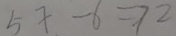
5 x - 6 = 7 2